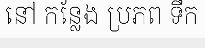
នៅ កន្លែង ប្រភព ទឹក